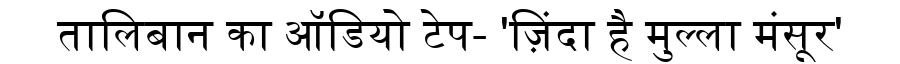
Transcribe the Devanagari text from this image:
तालिबान का ऑडियो टेप- 'ज़िंदा है मुल्ला मंसूर'